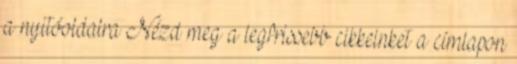
a nyitóoldalra Nézd meg a legfrissebb cikkeinket a címlapon